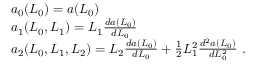
\begin{array} { r l } & { a _ { 0 } ( L _ { 0 } ) = a ( L _ { 0 } ) } \\ & { a _ { 1 } ( L _ { 0 } , L _ { 1 } ) = L _ { 1 } \frac { d a ( L _ { 0 } ) } { d L _ { 0 } } } \\ & { a _ { 2 } ( L _ { 0 } , L _ { 1 } , L _ { 2 } ) = L _ { 2 } \frac { d a ( L _ { 0 } ) } { d L _ { 0 } } + \frac { 1 } { 2 } L _ { 1 } ^ { 2 } \frac { d ^ { 2 } a ( L _ { 0 } ) } { d L _ { 0 } ^ { 2 } } \ . } \end{array}